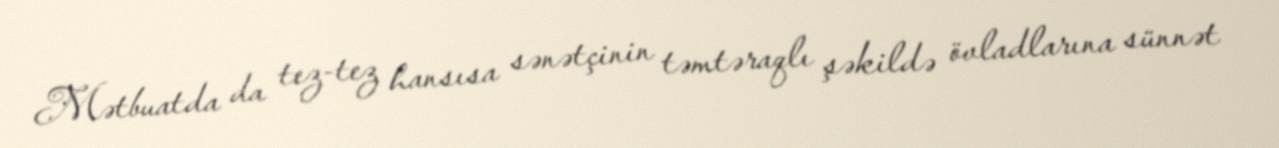
Mətbuatda da tez-tez hansısa sənətçinin təmtəraqlı şəkildə övladlarına sünnət